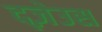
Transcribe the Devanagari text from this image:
द्ज़ेउस